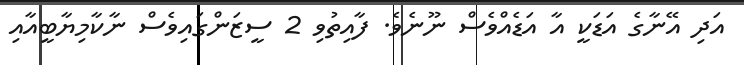
އަދި އޭނާގެ އަޑަކީ އާ އަޑެއްވެސް ނޫނެވެ. ފާއިތުވި 2 ސީޒަންގައިވެސް ނާކާމިޔާބީއާއި